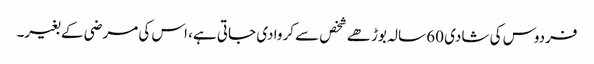
فردوس کی شادی 60 سالہ بوڑھے شخص سے کروا دی جاتی ہے، اس کی مرضی کے بغیر۔